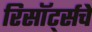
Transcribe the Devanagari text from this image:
रिसॉर्ट्सचे